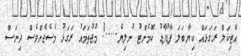
އާޓިކަލް ރަގަޅައް ކިޔާބަލަ ފާޑުފާޑު ކޮމެންޓު ނުލިޔެ.....! މުޖުތަމައު ރަގަޅު މެސެޖެށްވެސް ދިނަސް